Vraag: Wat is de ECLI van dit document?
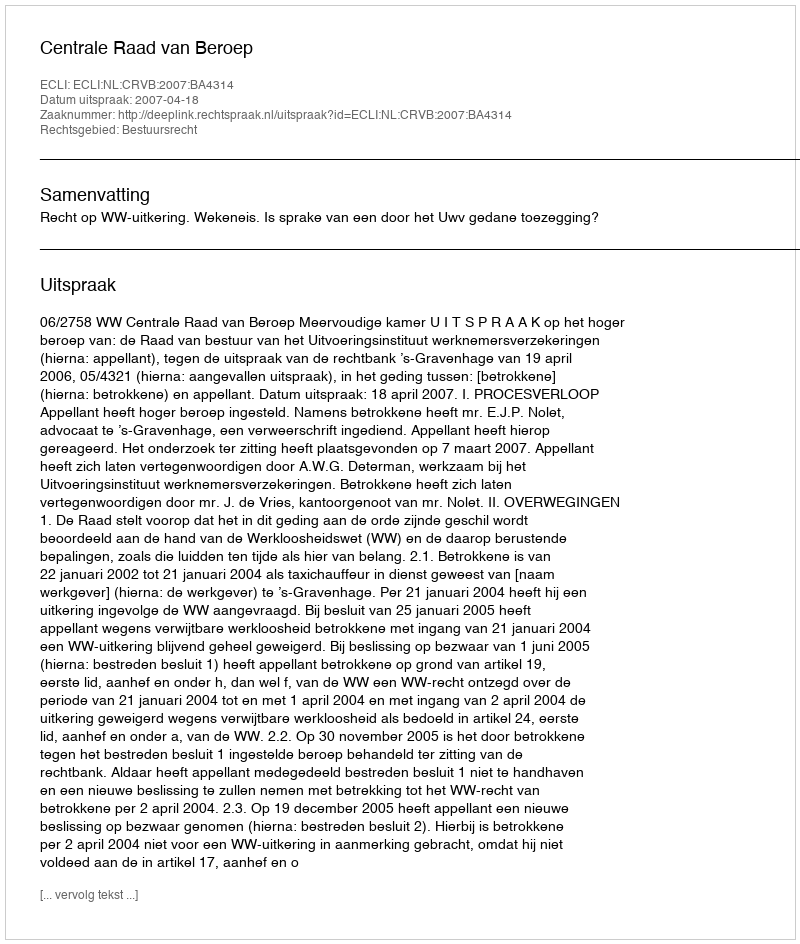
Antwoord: ECLI:NL:CRVB:2007:BA4314